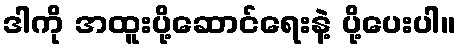
ဒါကို အထူးပို့ဆောင်ရေးနဲ့ ပို့ပေးပါ။